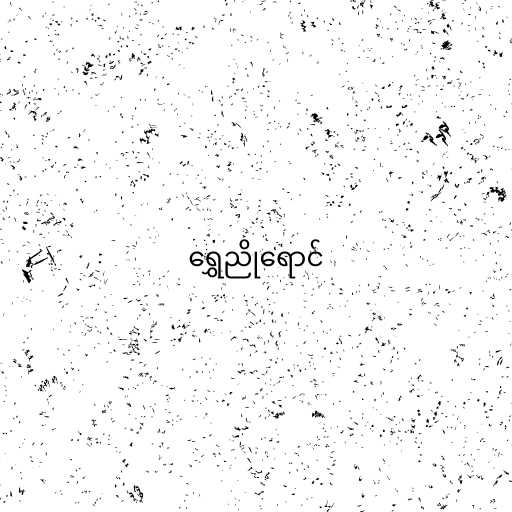
ရွှေညိုရောင်